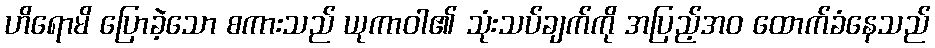
ဟိရောမိ ပြောခဲ့သော စကားသည် ယုကာဝါ၏ သုံးသပ်ချက်ကို အပြည့်အဝ ထောက်ခံနေသည်